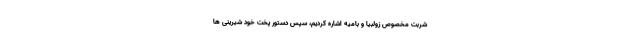
شربت مخصوص زولبیا و بامیه اشاره کردیم، سپس دستور پخت خودِ شیرینی ها